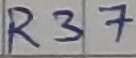
Text: R37